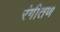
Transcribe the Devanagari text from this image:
रंगीतण